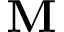
\mathbf { M }